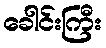
ခေါင်းကြီး